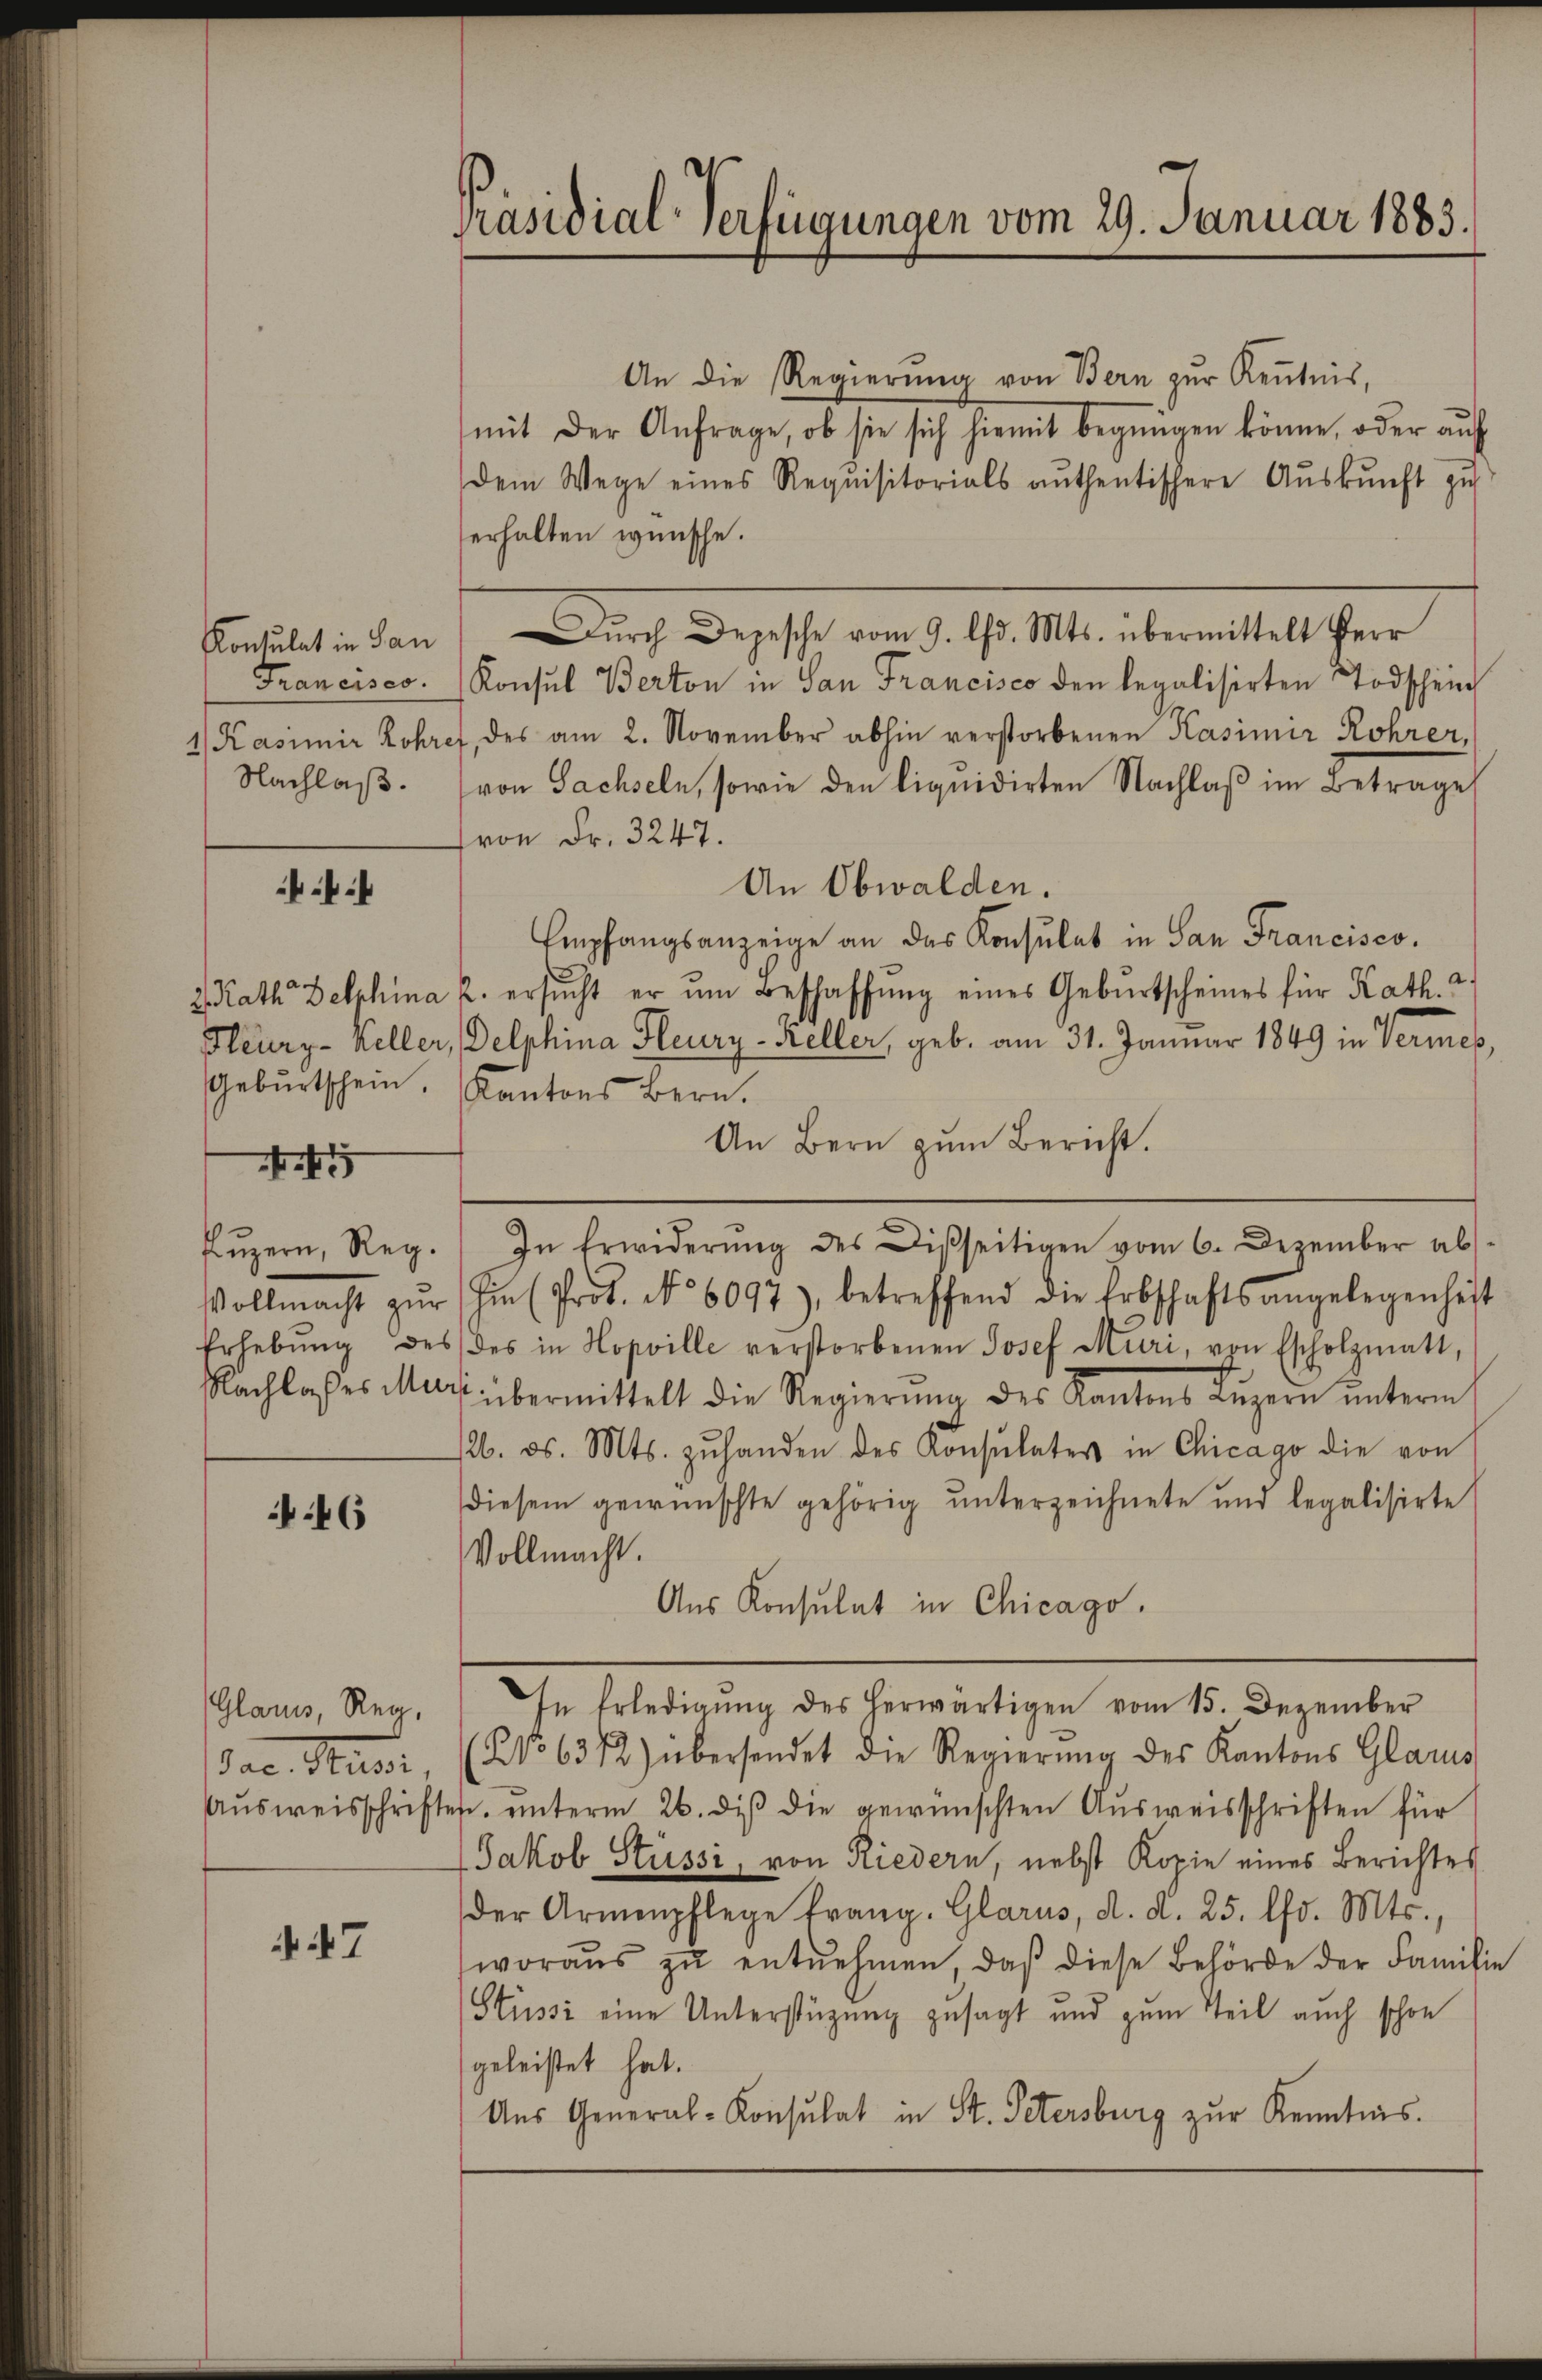
f

1

46

Glarus, Reg.

47

An die Regierung von Bern zur Kenntnis,
mit der Anfrage, ob sie sich hiemit begnügen könne, oder aŭf
dem Wege eines Requisitorials authentischere Auskunft zu
erhalten wünsche.
Konsulat in San Dŭrch Depesche vom 9. Chr. Mts. übermittelt Herr
Francisco. Konsul Berton in San Francisco den legalisirten Todschein
1/ Kasimir Rohref, des am 2. November abhin verstorbenen Kasimir Rohrer,
Nachlaβ. (von Sachseln, sowie den liquidirten Nachlaβ im Betrage
von Fr. 3247.
An Obwalden.
Empfangsanzeige an das Konsulat in San Francisco,
.
2. Rath Delphina u. ersŭcht er ŭm Beschaffŭng eines Gebŭrtscheines für Kath.
Heurz-Keller, Delphina Heury-Keller, geb. am 31. Januar 1849 in Vermes,
Gebŭrtschein. Kantons Bern.
An Bern zum Bericht.
Lŭzern, Reg. In Erwiderŭng des Disseitigen vom 6. Dezember ab-
Vollmacht zŭr hin (Prof. No 6097), betreffend die Erbschaftsangelegenheit
Erhebŭng des des in Hopville verstorbenen Josef Muri, von Escholzmatt,
Nachlasses Muri übermittelt die Regierŭng des Kantons Lŭzern ŭnterm
12. ds. Mts. zŭ handen des Konsulates in Chicago die von
diesem gewünschte gehörig unterzeichnete und legalisirte
Vollmacht.
Aus Konsulat in Chicago.
In Erledigŭng des herwärtigen vom 15. Dezember
Jac. Grussi, (No 6372) übersendet die Regierŭng des Kantons Glarus
Ausweisschriften, unterm 26. dieß die gewünschten Ausweisschriften für
Jakob Stüssi, von Riedern, nebst Kopie eines Berichtes
der Armenpflege frang. Glarus, d. d. 25. lfd. Mts.,
woraŭs zŭ entnehmen, daß diese Behörde der Familie
(Stüssi eine Unterstüzung gesagt und zum Teil auch schon
geleistet hat.
Aus General-Konsulat in St. Petersburg zŭr Kenntnis.

Präsidial-Verfügungen vom 29. Januar 1883.